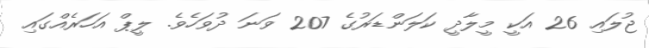
ޖުލައި 26 އަކީ މީލާދީ ކަލަންޑަރުގެ 207 ވަނަ ދުވަހެވެ. ލީޕް އަހަރެއްގައި